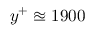
y ^ { + } \approxeq 1 9 0 0